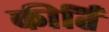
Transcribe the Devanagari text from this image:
कीर्तिं